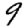
Digit: 9